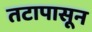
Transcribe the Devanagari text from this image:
तटापासून